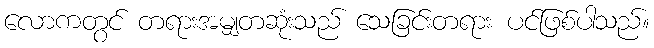
လောကတွင် တရားအမျှတဆုံးသည် သေခြင်းတရား ပင်ဖြစ်ပါသည်။